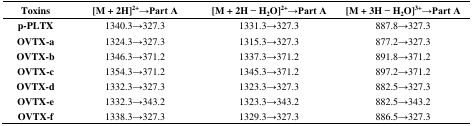
| Toxins | [M + 2H]2+→Part A | [M + 2H − H2O]2+→Part A | [M + 3H − H2O]3+→Part A |
 | --- | --- | --- | --- |
 | p-PLTX | 1340.3→327.3 | 1331.3→327.3 | 887.8→327.3 |
 | OVTX-a | 1324.3→327.3 | 1315.3→327.3 | 877.2→327.3 |
 | OVTX-b | 1346.3→371.2 | 1337.3→371.2 | 891.8→371.2 |
 | OVTX-c | 1354.3→371.2 | 1345.3→371.2 | 897.2→371.2 |
 | OVTX-d | 1332.3→327.3 | 1323.3→327.3 | 882.5→327.3 |
 | OVTX-e | 1332.3→343.2 | 1323.3→343.2 | 882.5→343.2 |
 | OVTX-f | 1338.3→327.3 | 1329.3→327.3 | 886.5→327.3 |